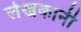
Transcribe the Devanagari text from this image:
लेखकानी